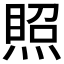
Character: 𰟉